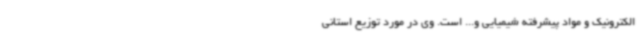
الکترونیک و مواد پیشرفته شیمیایی و... است. وی در مورد توزیع استانی